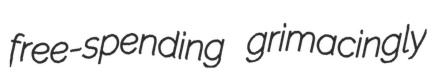
free-spending grimacingly